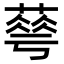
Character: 䔢